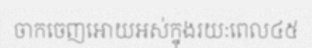
ចាកចេញអោយអស់ក្នុងរយៈពេល៤៥